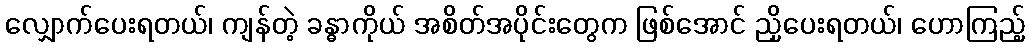
လျှောက်ပေးရတယ်၊ ကျန်တဲ့ ခန္ဓာကိုယ် အစိတ်အပိုင်းတွေက ဖြစ်အောင် ညှိပေးရတယ်၊ ဟောကြည့်